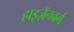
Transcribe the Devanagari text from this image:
हाइज़ॅनबर्ग